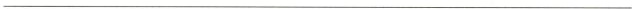
___